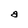
Character: a